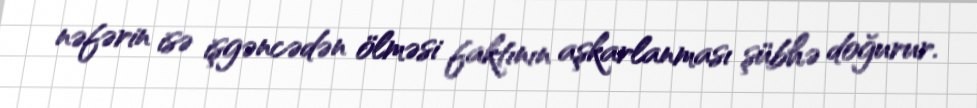
nəfərin isə işgəncədən ölməsi faktının aşkarlanması şübhə doğurur.